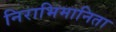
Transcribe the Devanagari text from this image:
निराभिमानिता